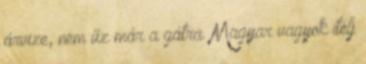
árvize, nem űz már a gátra. Magyar vagyok ítélj